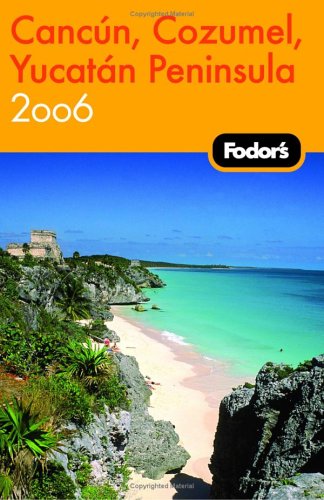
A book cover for Fodor's Cancun, Cozumel, Yucatan Peninsula 2006 (Fodor's Gold Guides); Fodor's; Travel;